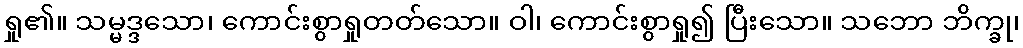
ရှု၏။ သမ္မဒ္ဒသော၊ ကောင်းစွာရှုတတ်သော။ ဝါ၊ ကောင်းစွာရှု၍ ပြီးသော။ သဘော ဘိက္ခု၊